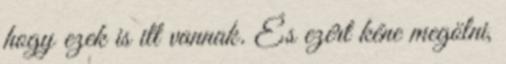
hogy ezek is itt vannak. És ezért kéne megölni,